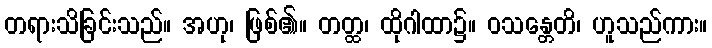
တရားသိခြင်းသည်။ အဟု၊ ဖြစ်၏။ တတ္ထ၊ ထိုဂါထာ၌။ ဝသန္တေတိ၊ ဟူသည်ကား။